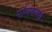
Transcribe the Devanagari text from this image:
गौणवाक्ये